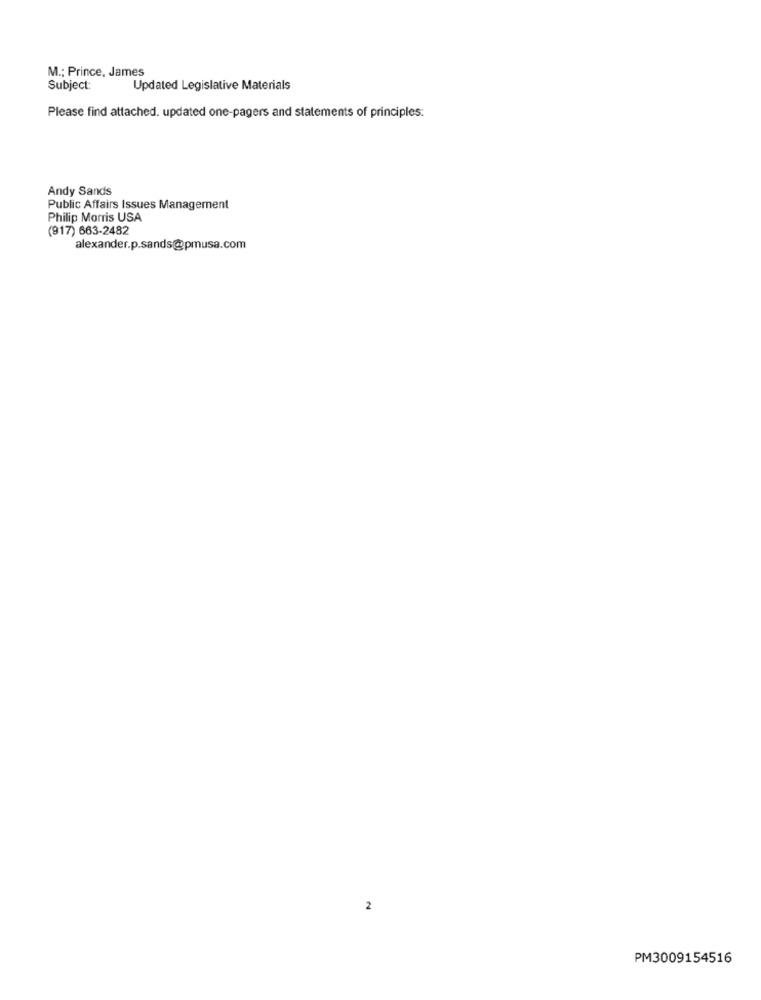
M .; Prince, James
Subject:
Updated Legislative Materials
Please find attached. updated one-pagers and statements of principles:
Andy Sands
Public Affairs Issues Management
Philip Morris USA
(917) 663-2482
alexander.p.sands@pmusa.com
2
PM3009154516